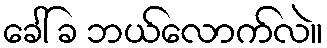
ခေါ် ခ ဘယ်လောက်လဲ။